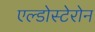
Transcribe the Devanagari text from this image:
एल्डोस्टेरोन